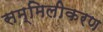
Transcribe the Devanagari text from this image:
सम्मिलीकरण